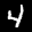
Label: 4